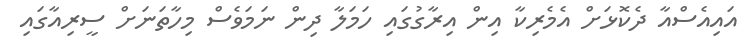
އައިއެސްއާ ދެކޮޅަށް އެމެރިކާ އިން އިރާގުގައި ހަމަލާ ދިން ނަމަވެސް މިހާތަނަށް ސީރިއާގައި